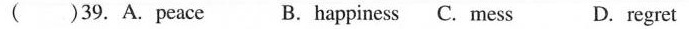
( )39. A.peace B.happiness C. mess D. regret